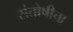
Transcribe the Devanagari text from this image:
संतोषीचा